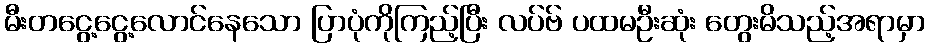
မီးတငွေ့ငွေ့လောင်နေသော ပြာပုံကိုကြည့်ပြီး လပ်ဗ် ပထမဦးဆုံး တွေးမိသည့်အရာမှာ